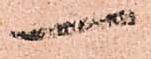
一